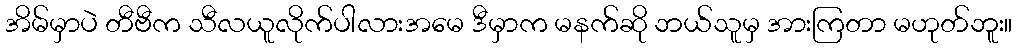
အိမ်မှာပဲ တီဗီက သီလယူလိုက်ပါလားအမေ ဒီမှာက မနက်ဆို ဘယ်သူမှ အားကြတာ မဟုတ်ဘူး။